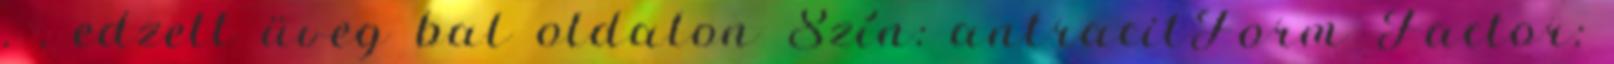
. , edzett üveg bal oldalon Szín: antracitForm Factor: